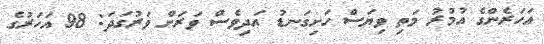
އަހަރެންގެ އުމުރު މަތި ވިޔަސް ހަށިގަނޑު އަދިވެސް ވަރަށް ވަރުގަދަ: 98 އަހަރުގެ